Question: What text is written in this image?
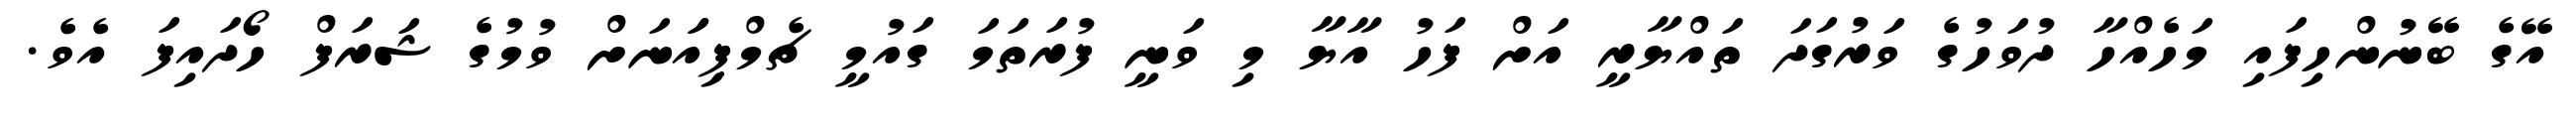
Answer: އޭގެ ބޭނުންހިފައި މަހެއްހާ ދުވަހުގެ ވަރުގަދަ ތައްޔާރީ އަށް ފަހު އާޔާ މި ވަނީ ފުރަތަމަ ގައުމީ ޗެމްޕިއަަނަށް ވުމުގެ ޝަރަފް ހޯދައިފަ އެވެ.